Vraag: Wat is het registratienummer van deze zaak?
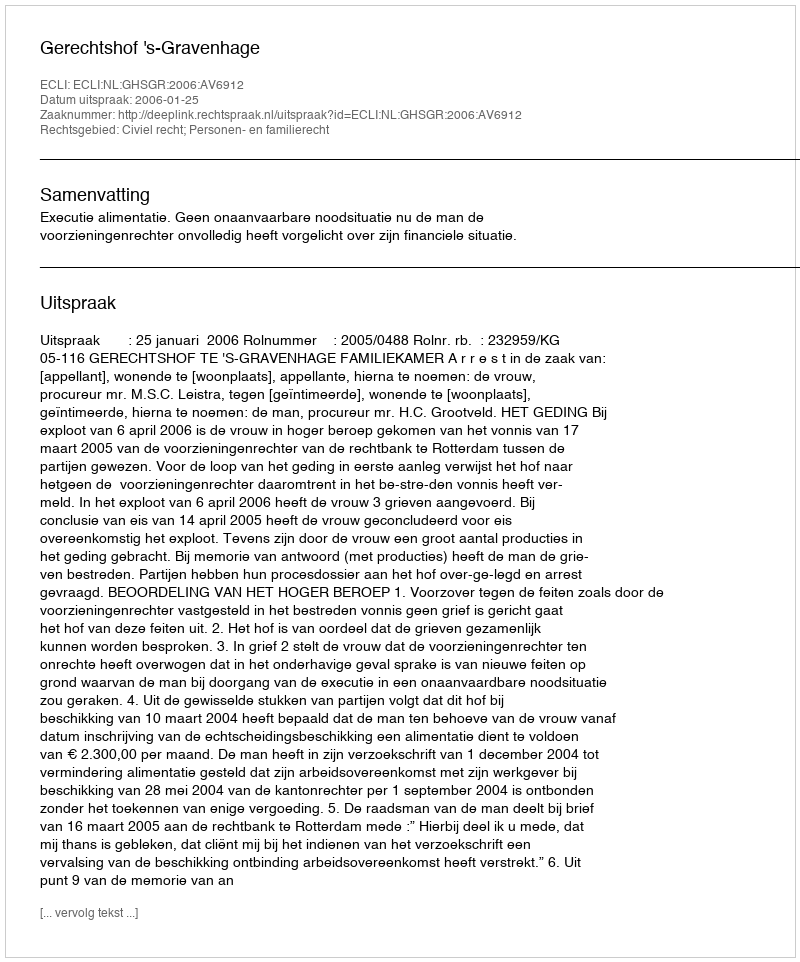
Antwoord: http://deeplink.rechtspraak.nl/uitspraak?id=ECLI:NL:GHSGR:2006:AV6912